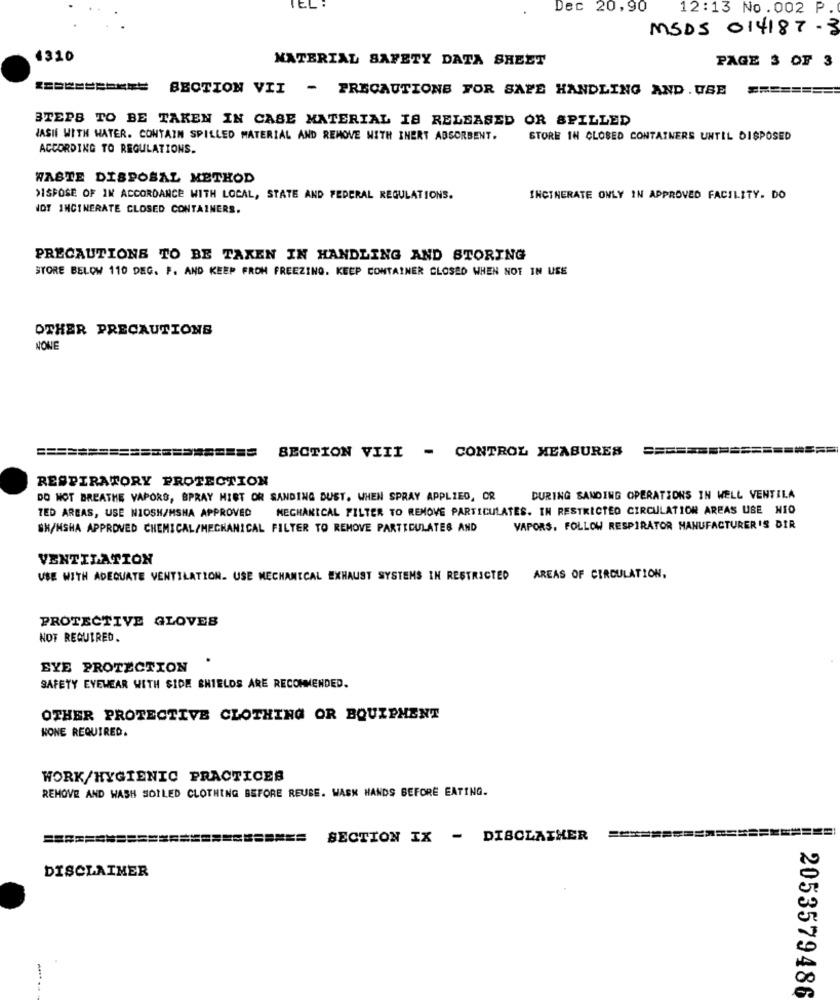
Dec 20,90
12:13 No .002 P
MSDS 014187 - 3
1320
MATERIAL SAFETY DATA SHEET
PAGE 3 OF 3
BECTION VII - PRECAUTIONS FOR SAPE HANDLING AND . USE
======
STEPS TO BE TAKEN IN CASE MATERIAL IS RELEASED OR SPILLED
JASI WITH WATER. CONTAIN SPILLED MATERIAL AND REMOVE WITH INERT ABSORBENT.
STORE IN CLOSED CONTAINERS UNTIL DISPOSED
ACCORDING TO REGULATIONS.
WASTE DISPOSAL METHOD
>ISPOSE OF IN ACCORDANCE WITH LOCAL, STATE AND FEDERAL REGULATIONS.
INCINERATE ONLY IN APPROVED FACILITY. DO
NOT INCINERATE CLOSED CONTAINERS.
PRECAUTIONS TO BE TAKEN IN HANDLING AND STORING
STORE BELOW 110 DEG. P. AND KEEP FROM FREEZING. KEEP CONTAINER CLOSED WHEN NOT IN USE
OTHER PRECAUTIONS
NONE
SECTION VIII - CONTROL MEASURES
RESPIRATORY PROTECTION
DO NOT BREATHE VAPORS, BPRAY HIRT OR SANDING DUST. WHEN SPRAY APPLIED, OR
DURING SANDING OPERATIONS IN WELL VENTILA
MECHANICAL FILTER TO REMOVE PARTICULATES. IN RESTRICTED CIRCULATION AREAS USE NIO
TED AREAS, USE NIOSH/MSHA APPROVED
SH/NSHA APPROVED CHEMICAL/MECHANICAL FILTER TO REMOVE PARTICULATES AND
VAPORS. FOLLOW RESPIRATOR MANUFACTURER'S DIR
VENTILATION
USE WITH ADEQUATE VENTILATION. USE MECHANICAL EXHAUST SYSTEMS IN RESTRICTED
AREAS OF CIRCULATION.
PROTECTIVE GLOVES
NOT REQUIRED.
EYE PROTECTION
SAFETY EYEWEAR WITH SIDE SHIELDS ARE RECOMMENDED.
OTHER PROTECTIVE CLOTHING OR BOUIPHENT
NONE REQUIRED.
WORK/HYGIENIC PRACTICES
REMOVE AND WASH SOILED CLOTHING BEFORE REUSE. WASH HANDS BEFORE EATING.
=========
SECTION IX - DISCLAIMER
DISCLAIMER
2053579486